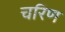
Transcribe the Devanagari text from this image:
चरिण